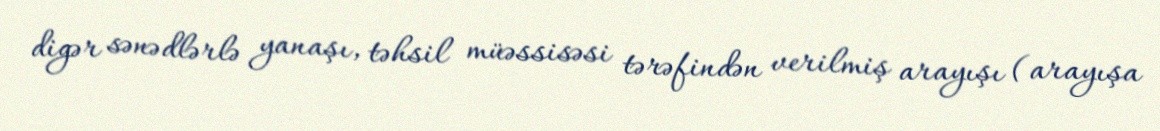
digər sənədlərlə yanaşı, təhsil müəssisəsi tərəfindən verilmiş arayışı (arayışa